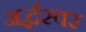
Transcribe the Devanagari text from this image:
अर्द्धस्वर